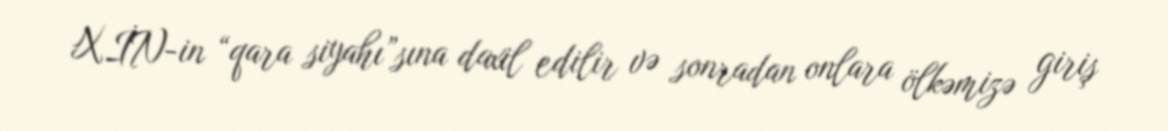
XİN-in “qara siyahı”sına daxil edilir və sonradan onlara ölkəmizə giriş